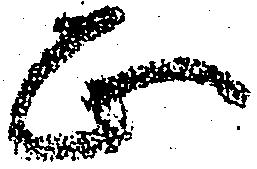
正